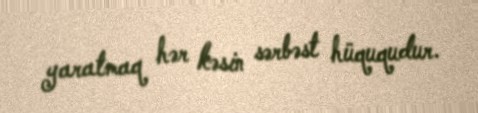
yaratmaq hər kəsin sərbəst hüququdur.